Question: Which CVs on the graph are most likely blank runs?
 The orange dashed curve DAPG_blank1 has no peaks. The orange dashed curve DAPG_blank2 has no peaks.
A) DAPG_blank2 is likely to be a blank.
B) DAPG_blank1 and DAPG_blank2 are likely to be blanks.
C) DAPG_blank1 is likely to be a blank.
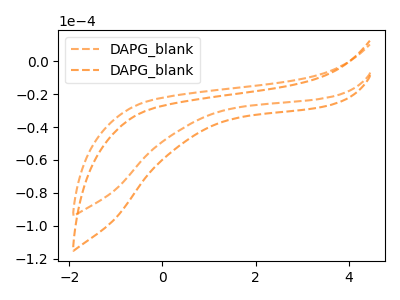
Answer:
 <answer>B) "DAPG_blank1" and "DAPG_blank2" are likely to be blanks.</answer>
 <eval>B</eval>